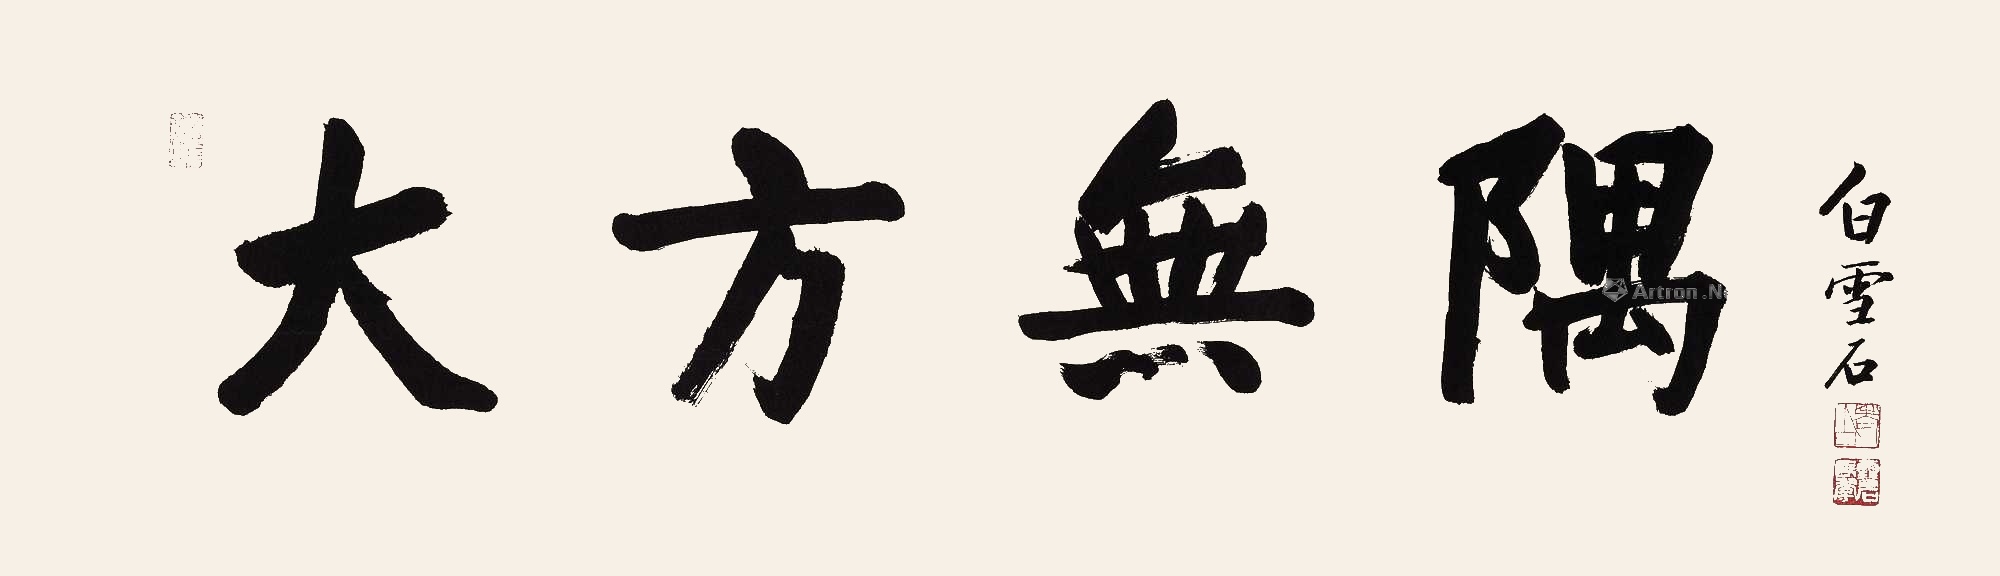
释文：大方无隅。白雪石。